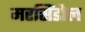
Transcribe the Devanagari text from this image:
मरसिंडोल